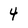
Character: 4